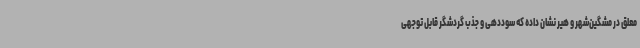
معلق در مشگین‌شهر و هیر نشان داده که سوددهی و جذب گردشگر قابل توجهی